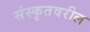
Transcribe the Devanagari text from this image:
संस्कृतवरील